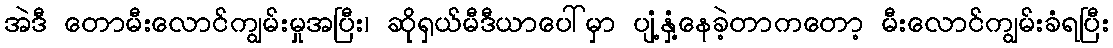
အဲဒီ တောမီးလောင်ကျွမ်းမှုအပြီး၊ ဆိုရှယ်မီဒီယာပေါ်မှာ ပျံ့နှံ့နေခဲ့တာကတော့ မီးလောင်ကျွမ်းခံရပြီး